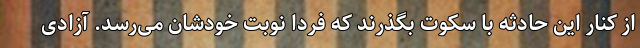
از کنار این حادثه با سکوت بگذرند که فردا نوبت خودشان می‌رسد. آزادی